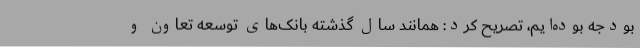
بودجه بوده‌ایم، تصریح کرد: همانند سال گذشته بانک‌های توسعه تعاون و